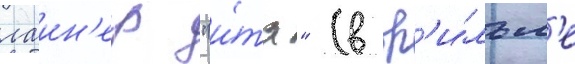
лаин'ер "и́та" (в ф'и́льм'е